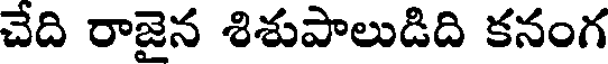
చేది రాజైన శిశుపాలుడిది కనంగ